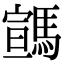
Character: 𩤡